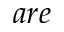
a r e